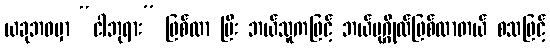
ယခုဘဝမှာ “ငါဘုရား” ဖြစ်လာ ပြီး ဘယ်သူကဖြင့် ဘယ်ပုဂ္ဂိုလ်ဖြစ်လာတယ် စသဖြင့်